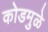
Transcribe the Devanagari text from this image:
कोडमुळे